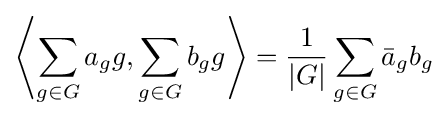
\left\langle \sum _{g\in G}a_{g}g,\sum _{g\in G}b_{g}g\right\rangle ={\frac {1}{|G|}}\sum _{g\in G}{\bar {a}}_{g}b_{g}